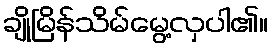
ချိုမြိန်သိမ်မွေ့လှပါ၏။